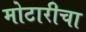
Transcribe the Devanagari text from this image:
मोटारीचा